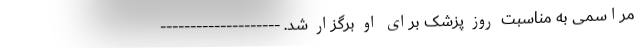
مراسمی به مناسبت روز پزشک برای او برگزار شد. --------------------